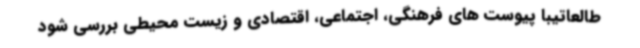
طالعاتیبا پیوست های فرهنگی، اجتماعی، اقتصادی و زیست محیطی بررسی شود